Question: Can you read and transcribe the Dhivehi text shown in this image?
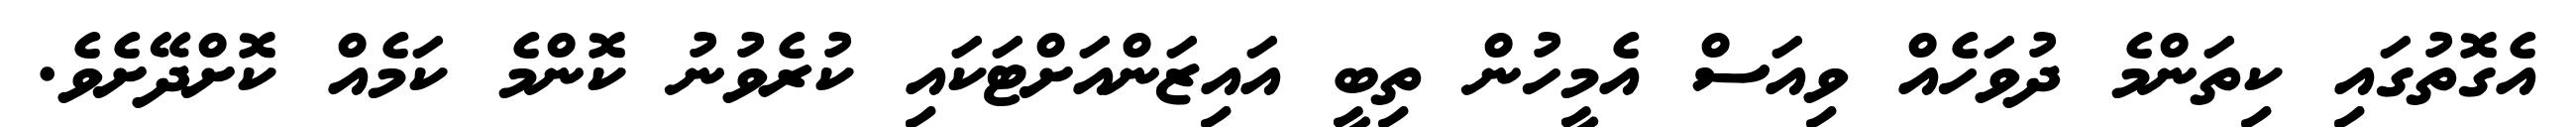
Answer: އެގޮތުގައި ކިތަންމެ ދުވަހެއް ވިއަސް އެމީހުން ތިބީ އައިޒަންއަށްޓަކައި ކުރެވުނު ކޮންމެ ކަމެއް ކޮށްދޭށެވެ.